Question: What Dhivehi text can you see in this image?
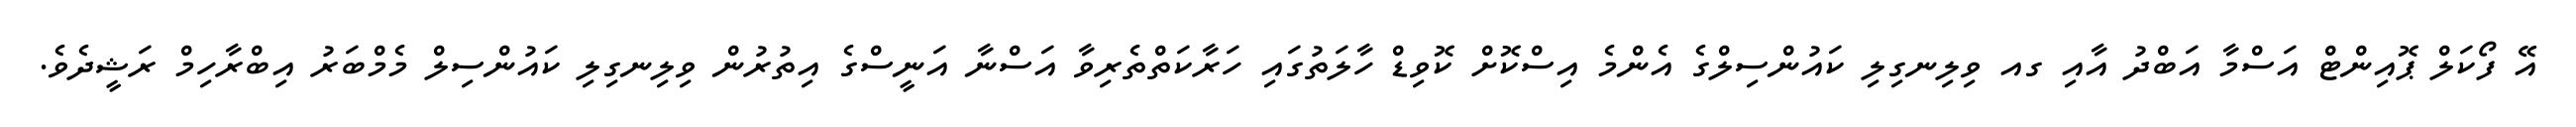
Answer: އޭ ފޯކަލް ޕޮއިންޓް އަސްމާ އަބްދު އާއި ގއ ވިލިނގިލި ކައުންސިލްގެ އެންމެ އިސްކޮށް ކޮވިޑް ހާލަތުގައި ހަރާކަތްތެރިވާ އަސްނާ އަނީސްގެ އިތުރުން ވިލިނގިލި ކައުންސިލް މެމްބަރު އިބްރާހިމް ރަޝީދެވެ.